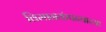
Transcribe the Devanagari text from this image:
विमानकंपन्याच्या